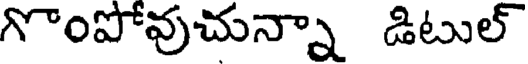
గొంపోవుచున్నా డిటుల్